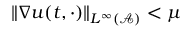
\| \nabla u ( t , \cdot ) \| _ { L ^ { \infty } ( \mathcal { A } ) } < \mu